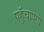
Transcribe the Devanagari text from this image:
पहुॅचाएगा